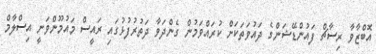
އޮބްޒާވާ ރިސާޗް ފައުންޑޭޝަންގެ ދައުވަތަކަށް ކުރައްވަމުން ގެންދަވާ ދަތުރުފުޅުގައި ރައީސް މައުމޫންވަނީ އިސްލާމް